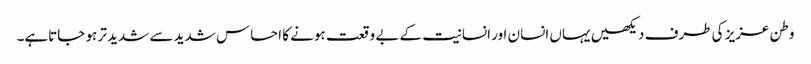
وطن عزیز کی طرف دیکھیں یہاں انسان اور انسانیت کے بے وقعت ہونے کا احساس شدید سے شدید تر ہو جاتاہے۔